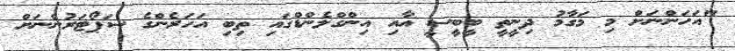
"އަހަންނަށް މި މަގާމު ދިނީތީ ބީބީސީ އާއި އިންގްލެންޑްގައި ތިބި އަހަރެންގެ ސަޕޯޓަރުންނަށް